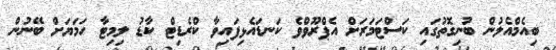
ބިއެމްއެލުން ބުނިގޮތުގައި ކަސްޓަމަރަށް އެޕްރޫވްވެ ކަނޑައެޅިފައިވާ ކްރެޑިޓް ކާޑު ލިމިޓާ ހަމަޔަށް ބޭނުން